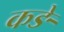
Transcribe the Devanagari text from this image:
कङे